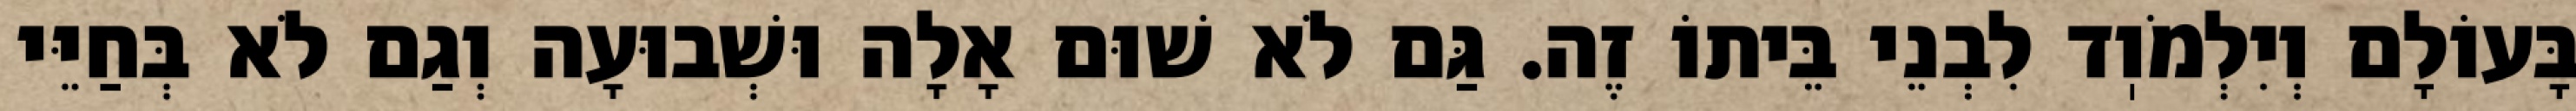
בָּעוֹלָם וְיִלְמֹוֽד לִבְנֵי בֵּיתוֹ זֶה. גַּם לֹא שׁוּם אָלָה וּשְׁבוּעָה וְגַם לֹא בְּחַיֵּי